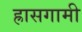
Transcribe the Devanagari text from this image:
ह्रासगामी